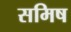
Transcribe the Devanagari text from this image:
समिष